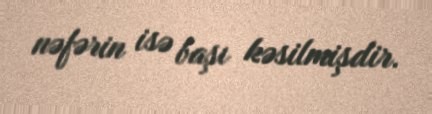
nəfərin isə başı kəsilmişdir.